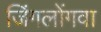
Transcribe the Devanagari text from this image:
जिंगलोंगवा